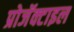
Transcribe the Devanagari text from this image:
प्रोजॅक्टाइल